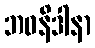
ဘဝနိဒါနာ